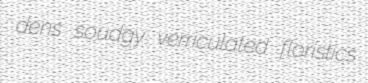
dens soudgy verriculated floristics